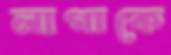
লাগাকে